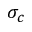
\sigma _ { c }